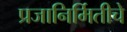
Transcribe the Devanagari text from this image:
प्रजानिर्मितीचे